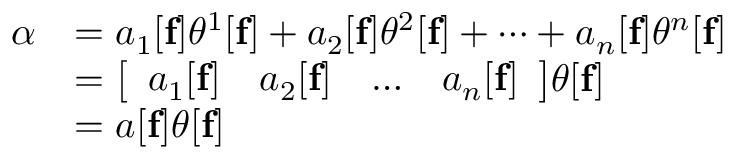
{ \begin{array} { r l } { \alpha } & { = a _ { 1 } [ \mathbf { f } ] \theta ^ { 1 } [ \mathbf { f } ] + a _ { 2 } [ \mathbf { f } ] \theta ^ { 2 } [ \mathbf { f } ] + \cdots + a _ { n } [ \mathbf { f } ] \theta ^ { n } [ \mathbf { f } ] } \\ & { = { \big \lbrack } { \begin{array} { c c c c } { a _ { 1 } [ \mathbf { f } ] } & { a _ { 2 } [ \mathbf { f } ] } & { \dots } & { a _ { n } [ \mathbf { f } ] } \end{array} } { \big \rbrack } \theta [ \mathbf { f } ] } \\ & { = a [ \mathbf { f } ] \theta [ \mathbf { f } ] } \end{array} }